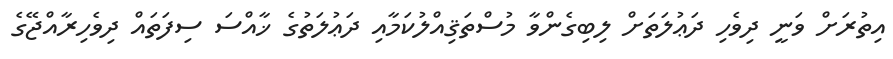
އިތުރަށް ވަނީ ދިވެހި ދަޢުލަތަށް ލިބިގެންވާ މުސްތަޤިއްލުކަމާއި ދަޢުލަތުގެ ޚާއްސަ ސިފަތައް ދިވެހިރާއްޖޭގެ